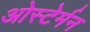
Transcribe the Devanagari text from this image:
ओस्टेर्मन